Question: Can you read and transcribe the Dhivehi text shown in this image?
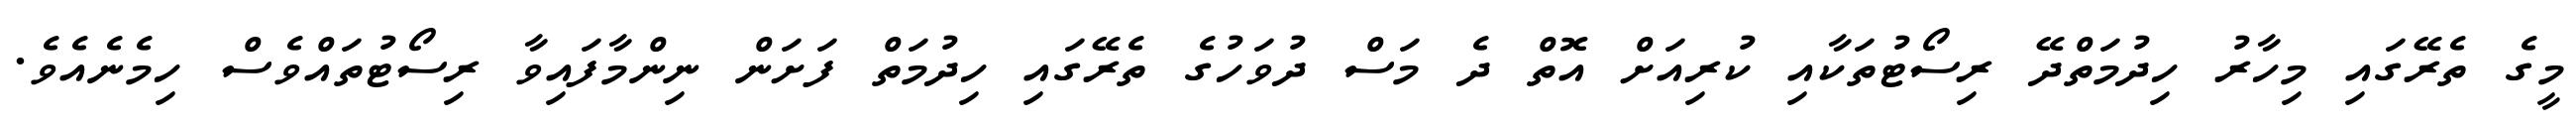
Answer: މީގެ ތެރޭގައި މިހާރު ހިދުމަތްދޭ ރިސޯޓުތަކާއި ކުރިއަށް އޮތް ދެ މަސް ދުވަހުގެ ތެރޭގައި ހިދުމަތް ފަށަން ނިންމާފައިވާ ރިސޯޓުތައްވެސް ހިމެނެއެވެ.